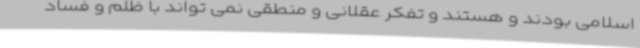
اسلامی بودند و هستند و تفکر عقلانی و منطقی نمی تواند با ظلم و فساد